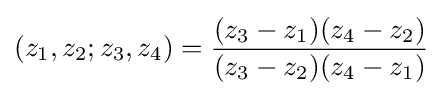
(z_{1},z_{2};z_{3},z_{4})={\frac {(z_{3}-z_{1})(z_{4}-z_{2})}{(z_{3}-z_{2})(z_{4}-z_{1})}}